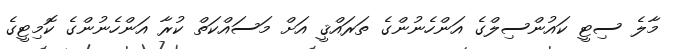
މާލެ ސިޓީ ކައުންސިލްގެ އަންހެނުންގެ ތަރައްޤީ އަށް މަސައްކަތް ކުރާ އަންހެނުންގެ ކޮމިޓީގެ